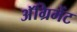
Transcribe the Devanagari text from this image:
अॅग्रिमेंट